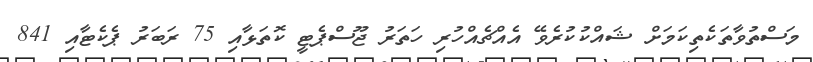
މަސްތުވާތަކެތިކަމަށް ޝައްކުކުރެވޭ އެއްޗެއްހުރި ހަތަރު ޖޫސްޕެޓީ ކޮތަޅާއި 75 ރަބަރު ޕެކެޓާއި 841